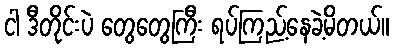
ငါ ဒီတိုင်းပဲ တွေတွေကြီး ရပ်ကြည့်နေခဲ့မိတယ်။